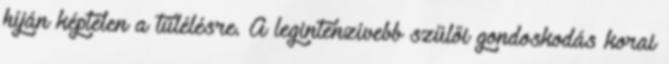
híján képtelen a túlélésre. A legintenzívebb szülői gondoskodás korai